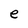
Character: e